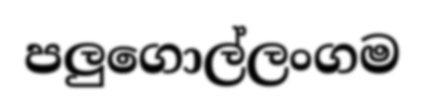
පලුගොල්ලංගම